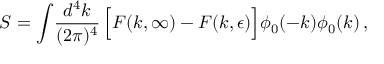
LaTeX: S = \int \! { \frac { d ^ { 4 } k } { ( 2 \pi ) ^ { 4 } } } \, \Bigl [ { \cal F } ( k , \infty ) - { \cal F } ( k , \epsilon ) \Bigr ] \phi _ { 0 } ( - k ) \phi _ { 0 } ( k ) \, ,